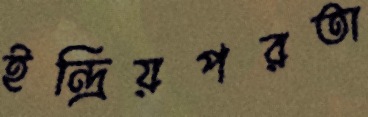
ইন্দ্রিয়পরতা